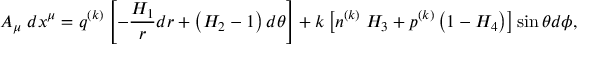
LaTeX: A _ { \mu } \; d x ^ { \mu } = q ^ { ( k ) } \left[ - \frac { H _ { 1 } } { r } d r + \left( H _ { 2 } - 1 \right) d \theta \right] + k \left[ n ^ { ( k ) } \; H _ { 3 } + p ^ { ( k ) } \left( 1 - H _ { 4 } \right) \right] \sin \theta d \phi ,